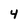
Character: 4